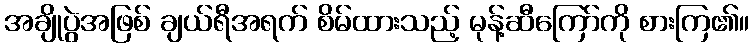
အချိုပွဲအဖြစ် ချယ်ရီအရက် စိမ်ထားသည့် မုန့်ဆီကြော်ကို စားကြ၏။